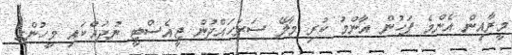
މީރާއިން އެންމެ ފަހުން އާންމު ކުރި މާލޭ ސަރަހައްދުން ޖީއެސްޓީ ނުދައްކައި މީހުންގެ